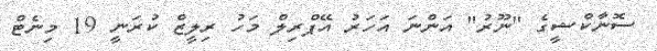
ސޮނާކްޝީގެ "ނޫރު" އަންނަ އަހަރު އޭޕްރިލް މަހު ރިލީޒް ކުރަނީ 19 މިނެޓް